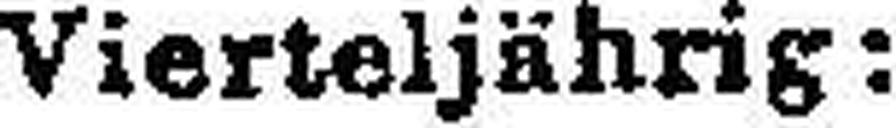
Vierteljährig: